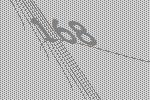
168